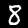
Digit: 8